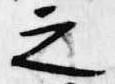
之